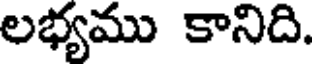
లభ్యము కానిది.